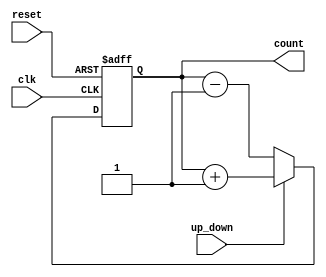
module updown_counter(
    input wire clk, reset, up_down,
    output reg [3:0] count
);

reg [3:0] next_count;

always @(posedge clk or posedge reset) begin
    if (reset)
        count <= 4'b0000; // Reset to 0
    else
        count <= next_count;
end

always @* begin
    if (up_down)
        next_count = count + 1; // Increment when up_down is high
    else
        next_count = count - 1; // Decrement when up_down is low
end

endmodule